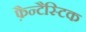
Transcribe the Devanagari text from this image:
फ़ैन्टैस्टिक